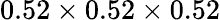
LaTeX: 0.52\times 0.52\times 0.52